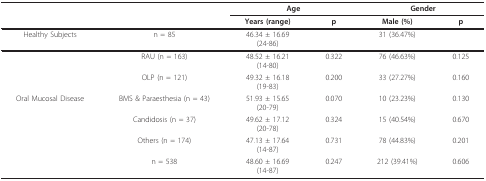
<table><thead><tr><td></td><td></td><td colspan="2"><b>Age</b></td><td colspan="2"><b>Gender</b></td></tr><tr><td></td><td></td><td><b>Years (range)</b></td><td><b>p</b></td><td><b>Male (%)</b></td><td><b>p</b></td></tr></thead><tbody><tr><td>Healthy Subjects</td><td>n = 85</td><td>46.34 ± 16.69(24-86)</td><td></td><td>31 (36.47%)</td><td></td></tr><tr><td></td><td>RAU (n = 163)</td><td>48.52 ± 16.21(14-80)</td><td>0.322</td><td>76 (46.63%)</td><td>0.125</td></tr><tr><td></td><td>OLP (n = 121)</td><td>49.32 ± 16.18(19-83)</td><td>0.200</td><td>33 (27.27%)</td><td>0.160</td></tr><tr><td>Oral Mucosal Disease</td><td>BMS &amp; Paraesthesia (n = 43)</td><td>51.93 ± 15.65(20-79)</td><td>0.070</td><td>10 (23.23%)</td><td>0.130</td></tr><tr><td></td><td>Candidosis (n = 37)</td><td>49.62 ± 17.12(20-78)</td><td>0.324</td><td>15 (40.54%)</td><td>0.670</td></tr><tr><td></td><td>Others (n = 174)</td><td>47.13 ± 17.64(14-87)</td><td>0.731</td><td>78 (44.83%)</td><td>0.201</td></tr><tr><td></td><td>n = 538</td><td>48.60 ± 16.69(14-87)</td><td>0.247</td><td>212 (39.41%)</td><td>0.606</td></tr></tbody></table>